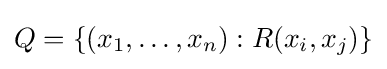
Q=\{(x_{1},\ldots ,x_{n}):R(x_{i},x_{j})\}